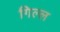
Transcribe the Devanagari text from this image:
गिल्ल